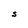
Character: S